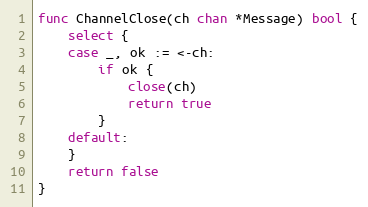
Language: Go
func ChannelClose(ch chan *Message) bool {
	select {
	case _, ok := <-ch:
		if ok {
			close(ch)
			return true
		}
	default:
	}
	return false
}